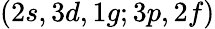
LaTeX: (2s,3d,1g;3p,2f)